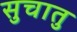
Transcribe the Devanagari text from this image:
सुचातु